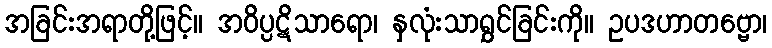
အခြင်းအရာတို့ဖြင့်။ အဝိပ္ပဋိသာရော၊ နှလုံးသာရွှင်ခြင်းကို။ ဥပဒဟာတဗ္ဗော၊